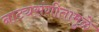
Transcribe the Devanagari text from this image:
नाट्यसंगीतामुळे